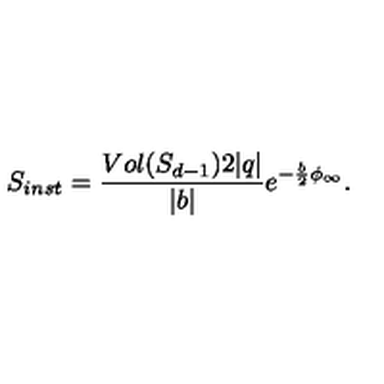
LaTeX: S _ { i n s t } = { \frac { V o l ( S _ { d - 1 } ) 2 | q | } { | b | } } e ^ { - { \frac { b } { 2 } } \phi _ { \infty } } .